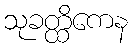
သုခတ္ထိကေန